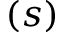
{ ( s ) }